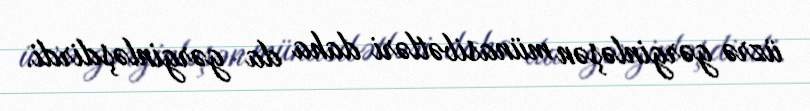
üzrə gərginləşən münasibətləri daha da gərginləşdirdi.